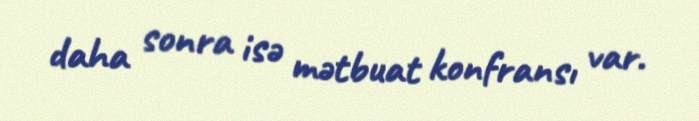
daha sonra isə mətbuat konfransı var.